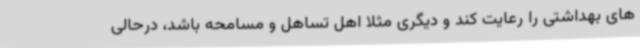
های بهداشتی را رعایت کند و دیگری مثلا اهل تساهل و مسامحه باشد، درحالی